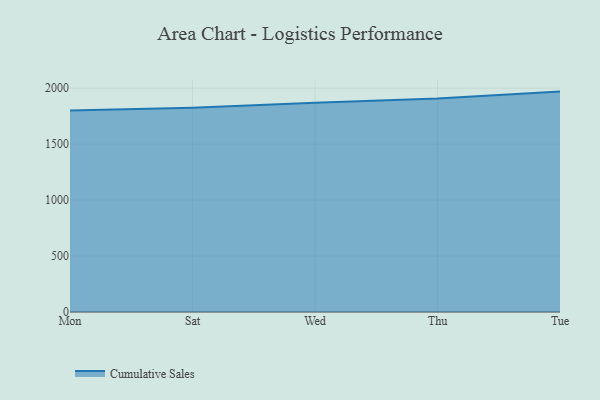
{"axis": {"x": "Day", "y": "Active Users"}, "legend": ["Cumulative Sales"], "data": [{"x": "Mon", "y": 1801.6, "type": "Cumulative Sales"}, {"x": "Sat", "y": 1826.1, "type": "Cumulative Sales"}, {"x": "Wed", "y": 1871.2, "type": "Cumulative Sales"}, {"x": "Thu", "y": 1907.5, "type": "Cumulative Sales"}, {"x": "Tue", "y": 1970.0, "type": "Cumulative Sales"}]}